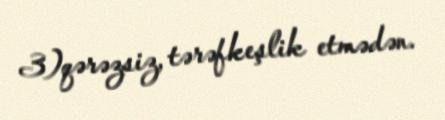
3)qərəzsiz, tərəfkeşlik etmədən.